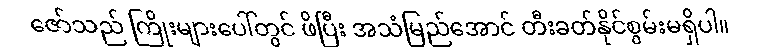
ဇော်သည် ကြိုးများပေါ်တွင် ဖိပြီး အသံမြည်အောင် တီးခတ်နိုင်စွမ်းမရှိပါ။